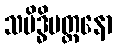
သမိဒ္ဓိမတ္တနော